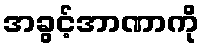
အခွင့်အာဏာကို